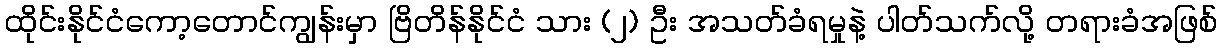
ထိုင်းနိုင်ငံကော့တောင်ကျွန်းမှာ ဗြိတိန်နိုင်ငံ သား (၂) ဦး အသတ်ခံရမှုနဲ့ ပါတ်သက်လို့ တရားခံအဖြစ်